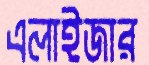
এলাইজার